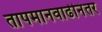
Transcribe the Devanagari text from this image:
तापमानवाढीनंतर